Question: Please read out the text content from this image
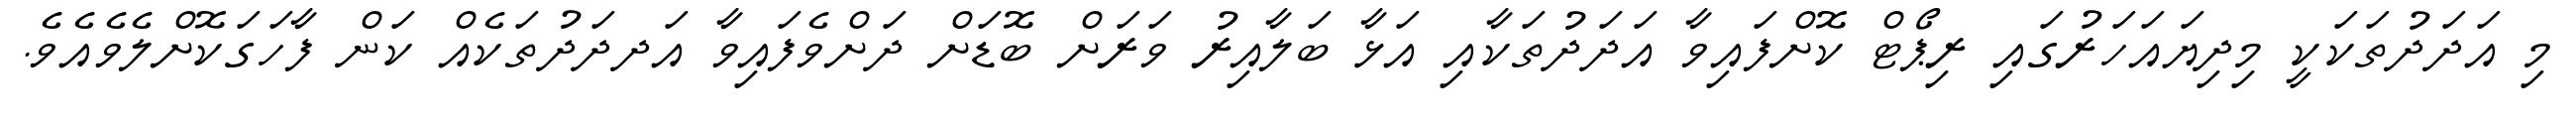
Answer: މި އަދަދުތަކަކީ މިދިޔައަހަރުގައި ރިޕޯޓް ކޮށްފައިވާ އަދަދުތަކާއި އަޅާ ބަލާއިރު ވަރަށް ބޮޑަށް ދަށްވެފައިވާ އަދދަދުތަކެއް ކަން ފާހަގަކޮށްލެވެއެވެ.